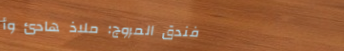
فندق المروج: ملاذ هادئ وأ